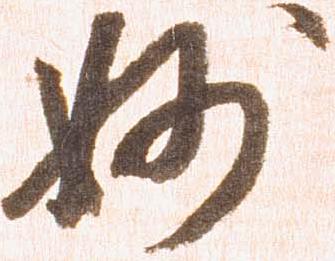
妙